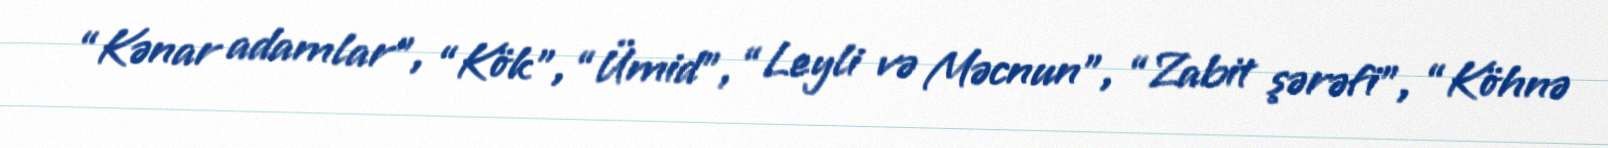
“Kənar adamlar”, “Kök”, “Ümid”, “Leyli və Məcnun”, “Zabit şərəfi”, “Köhnə